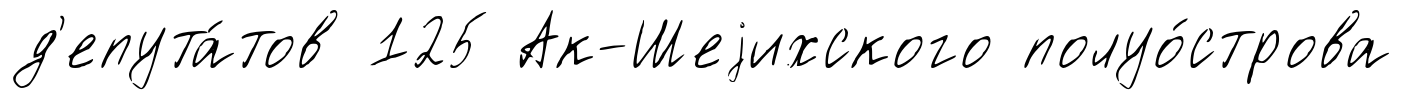
д'епута́тов 125 Ак-Шеjихского полуо́строва